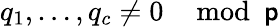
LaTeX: q_{1},\ldots,q_{c}\neq0\mod\mathsf{p}